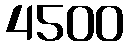
4500